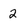
Character: 2